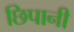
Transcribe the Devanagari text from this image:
छिपानी